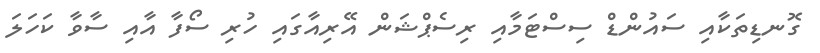
ގޮނޑިތަކާއި ސައުންޑް ސިސްޓަމާއި ރިސެޕްޝަން އޭރިއާގައި ހުރި ސޯފާ އާއި ސާވާ ކަހަލަ